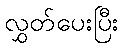
လွှတ်ပေးပြီး